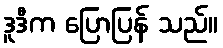
ဒူဒီက ပြောပြန် သည်။